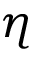
\eta